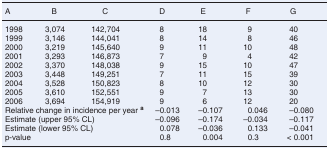
| A | B | C | D | E | F | G |
 | --- | --- | --- | --- | --- | --- | --- |
 | 1998 | 3,074 | 142,704 | 8 | 18 | 9 | 40 |
 | 1999 | 3,146 | 144,041 | 8 | 14 | 8 | 46 |
 | 2000 | 3,219 | 145,640 | 9 | 11 | 10 | 48 |
 | 2001 | 3,293 | 146,873 | 7 | 9 | 4 | 42 |
 | 2002 | 3,370 | 148,038 | 9 | 15 | 10 | 47 |
 | 2003 | 3,448 | 149,251 | 7 | 11 | 15 | 39 |
 | 2004 | 3,528 | 150,823 | 8 | 10 | 12 | 30 |
 | 2005 | 3,610 | 152,551 | 9 | 7 | 13 | 30 |
 | 2006 | 3,694 | 154,919 | 9 | 6 | 12 | 20 |
 | <COLSPAN=3> Relative change in incidence per year a | –0.013 | –0.107 | 0.046 | –0.080 |
 | <COLSPAN=3> Estimate (upper 95% CL) | –0.096 | –0.174 | –0.034 | –0.117 |
 | <COLSPAN=3> Estimate (lower 95% CL) | 0.078 | –0.036 | 0.133 | –0.041 |
 | <COLSPAN=3> p-value | 0.8 | 0.004 | 0.3 | < 0.001 |